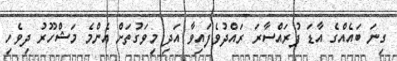
ގިނަ ބައެއްގެ އާޑަ ފުރައްސާރަ ރައްދުވެފައިވާ އަދި މިވަގުތަށް އެންމެ މަޝްހޫރު ދިވެހި